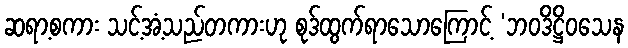
ဆရာ့စကား သင့်အံ့သည်တကားဟု စုဒ်ထွက်ရာသောကြောင့် ‘ဘဝဒိဋ္ဌိဝသေန